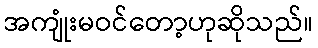
အကျုံးမဝင်တော့ဟုဆိုသည်။